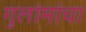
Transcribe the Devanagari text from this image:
गुलांमांचा